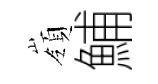
嶺鯆